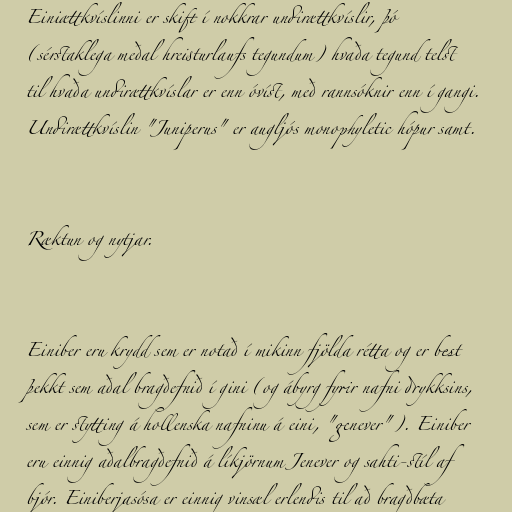
Einiættkvíslinni er skift í nokkrar undirættkvíslir, þó
(sérstaklega meðal hreisturlaufs tegundum) hvaða tegund telst
til hvaða undirættkvíslar er enn óvíst, með rannsóknir enn í gangi.
Undirættkvíslin "Juniperus" er augljós monophyletic hópur samt.

Ræktun og nytjar.

Einiber eru krydd sem er notað í mikinn fjölda rétta og er best
þekkt sem aðal bragðefnið í gini (og ábyrg fyrir nafni drykksins,
sem er stytting á hollenska nafninu á eini, "genever"). Einiber
eru einnig aðalbragðefnið á líkjörnum Jenever og sahti-stíl af
bjór. Einiberjasósa er einnig vinsæl erlendis til að bragðbæta